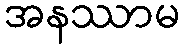
အနဿာမ